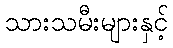
သားသမီးများနှင့်